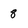
Character: 8